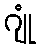
ဂျုံ